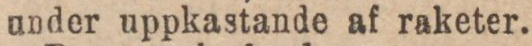
under uppkastande af raketer.